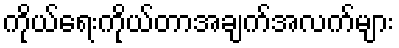
ကိုယ်ရေးကိုယ်တာအချက်အလက်များ